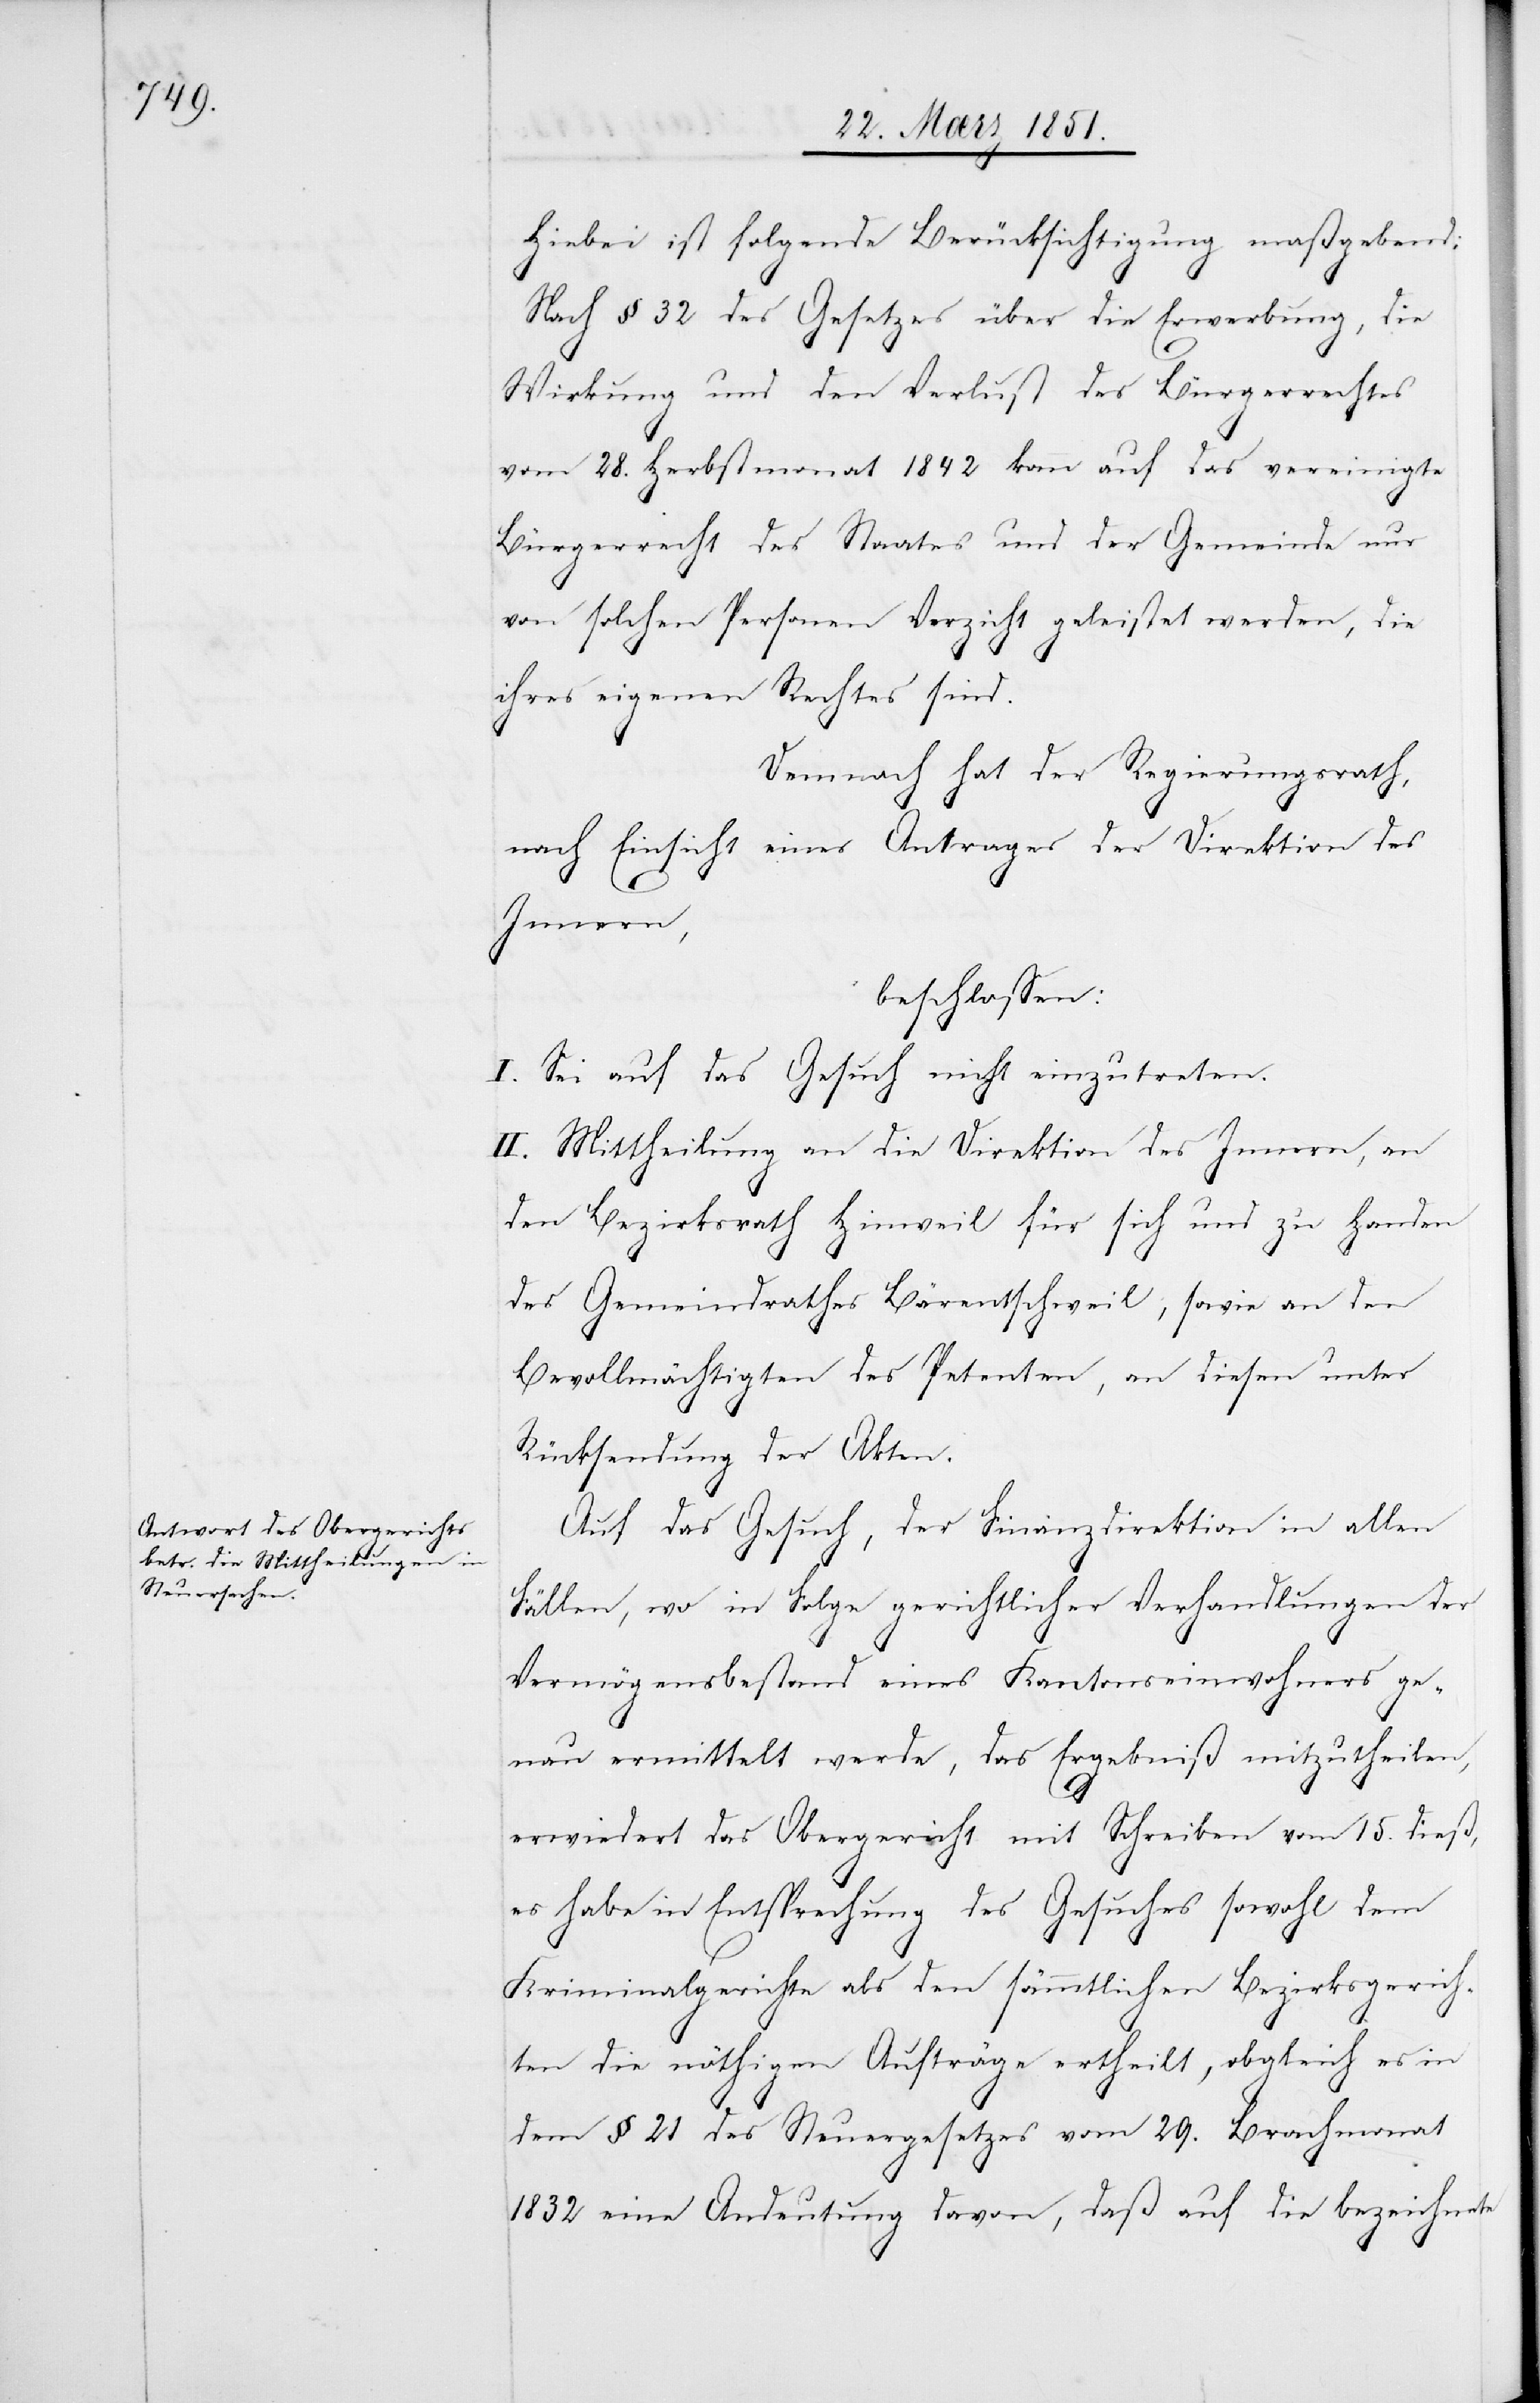
Hiebei ist folgende Berücksichtigung maßgebend:
Nach § 32 des Gesetzes über die Erwerbung, die
Wirkung und den Verlust des Bürgerrechtes
vom 28. Herbstmonat 1842 kann auf das vereinigte
Bürgerrecht des Staates und der Gemeinde nur
von solchen Personen Verzicht geleistet werden, die
ihres eigenen Rechtes sind.
Demnach hat der Regierungsrath,
nach Einsicht eines Antrages der Direktion des
Innern,
beschlossen:
I. Sei auf das Gesuch nicht einzutreten.
II. Mittheilung an die Direktion des Innern, an
den Bezirksrath Hinweil für sich und zu Handen
des Gemeindrathes Bärentschweil, sowie an den
Bevollmächtigten des Petenten, an diesen unter
Rücksendung der Akten.
Auf das Gesuch, der Finanzdirektion in allen
Fällen, wo in Folge gerichtlicher Verhandlungen der
Vermögensbestand eines Kantonseinwohners ge¬
nau ermittelt werde, das Ergebniß mitzutheilen,
erwiedert das Obergericht mit Schreiben vom 15. dieß,
es habe in Entsprechung des Gesuches sowohl dem
Kriminalgerichte als den sämmtlichen Bezirksgerich¬
ten die nöthigen Aufträge ertheilt, obgleich es in
dem § 21 des Steuergesetzes vom 29. Brachmonat
1832 eine Andeutung davon, daß auf die bezeichnete